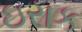
ઇરાક